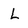
Character: L